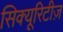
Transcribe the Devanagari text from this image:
सिक्यूरिटीज़